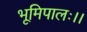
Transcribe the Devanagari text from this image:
भूमिपालः।।